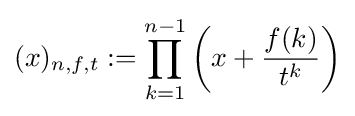
(x)_{n,f,t}:=\prod _{k=1}^{n-1}\left(x+{\frac {f(k)}{t^{k}}}\right)